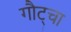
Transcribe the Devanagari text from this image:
गौट्चा